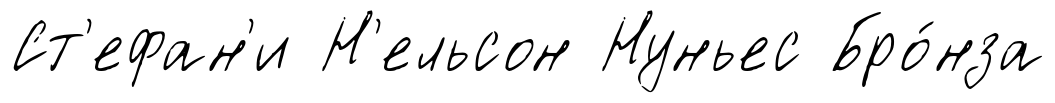
Ст'ефан'и Н'ельсон Нуньес Бро́нза